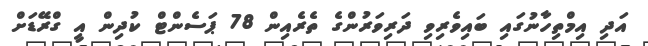
އަދި އިމްތިހާނުގައި ބައިވެރިވި ދަރިވަރުންގެ ތެރެއިން 78 ޕަސެންޓް ކުދިން އީ ގްރޭޑަށް